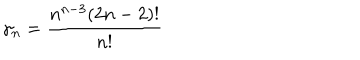
\gamma _ { n } = \frac { n ^ { n - 3 } ( 2 n - 2 ) ! } { n ! }